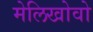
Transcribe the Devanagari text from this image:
मेलिखोवो